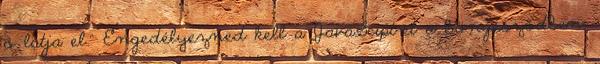
ő látja el.” Engedélyezned kell a JavaScipt-et a böngésződben,